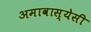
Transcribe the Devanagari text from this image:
अमावास्येसी